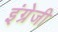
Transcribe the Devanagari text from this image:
इंग्रेजी